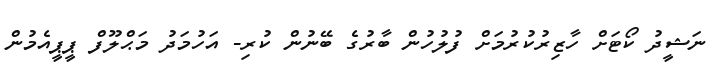
ނަޝީދު ކޯޓަށް ހާޒިރުކުރުމަށް ފުލުހުން ބާރުގެ ބޭނުން ކުރި- އަހުމަދު މަޙްލޫފް ޕީޕީއެމުން